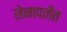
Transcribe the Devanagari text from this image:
सेनापतींत